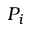
P _ { i }